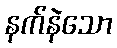
နက်နဲသော